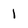
Character: 1